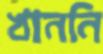
খাননি